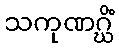
သကုဏဂ္ဃိံ